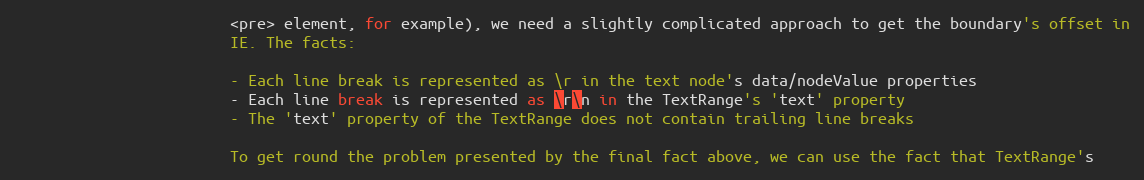
Language: JavaScript
                        <pre> element, for example), we need a slightly complicated approach to get the boundary's offset in
                        IE. The facts:

                        - Each line break is represented as \r in the text node's data/nodeValue properties
                        - Each line break is represented as \r\n in the TextRange's 'text' property
                        - The 'text' property of the TextRange does not contain trailing line breaks

                        To get round the problem presented by the final fact above, we can use the fact that TextRange's